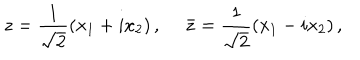
z = \frac { 1 } { \sqrt { 2 } } ( x _ { 1 } + i x _ { 2 } ) \, , ~ ~ \bar { z } = \frac { 1 } { \sqrt { 2 } } ( x _ { 1 } - i x _ { 2 } ) \, ,